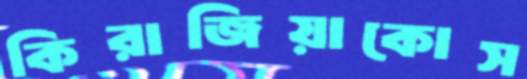
কিরাজিয়াকোস